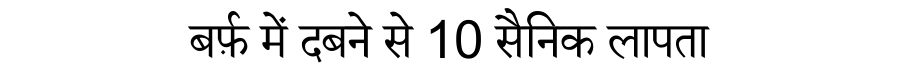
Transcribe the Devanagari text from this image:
बर्फ़ में दबने से 10 सैनिक लापता